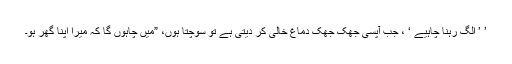
’ ’ الگ رہنا چاہیے ‘ ، جب آپسی جَھک جَھک دماغ خالی کر دیتی ہے تو سوچتا ہوں، ”میں چاہوں گا کہ میرا اپنا گھر ہو۔